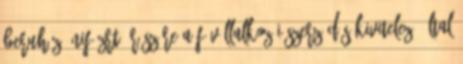
beruházó NIF Zrt. részére a fővállalkozói szerződés kivitelező által